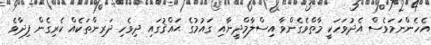
އެހެންނަމަވެސް އެދުވަހަކީ މާތްވެގެންވާ އިސްލާމްދީނާއި ގައުމުގެ ޙައްޤުގައި ދިވެހި ދަރިންތަކެއް ކެރިގެން ފިދާވެ